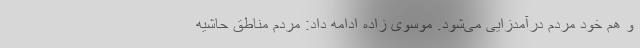
و هم خود مردم درآمدزایی می‌شود. موسوی زاده ادامه داد: مردم مناطق حاشیه